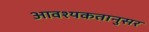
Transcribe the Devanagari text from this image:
आवश्यकतानुसर